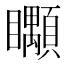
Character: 𥍎